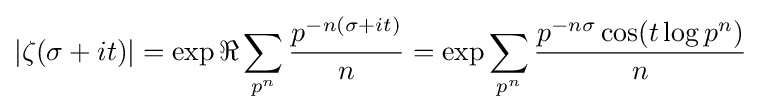
|\zeta (\sigma +it)|=\exp \Re \sum _{p^{n}}{\frac {p^{-n(\sigma +it)}}{n}}=\exp \sum _{p^{n}}{\frac {p^{-n\sigma }\cos(t\log p^{n})}{n}}